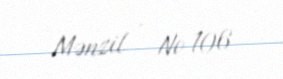
Mənzil - № 106